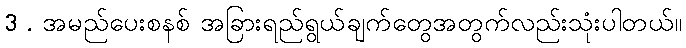
3 . အမည်ပေးစနစ် အခြားရည်ရွယ်ချက်တွေအတွက်လည်းသုံးပါတယ်။